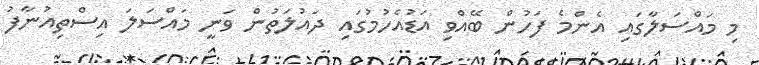
މި މައްސަލާގައި އެންމެ ފަހުން ބޭއްވި އަޑުއެހުމުގައި ދައުލަތުން ވަނީ މައްސަލަ އިސްތިއުނާފު